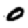
Digit: 0